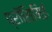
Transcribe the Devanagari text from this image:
प्रॉसिमिई